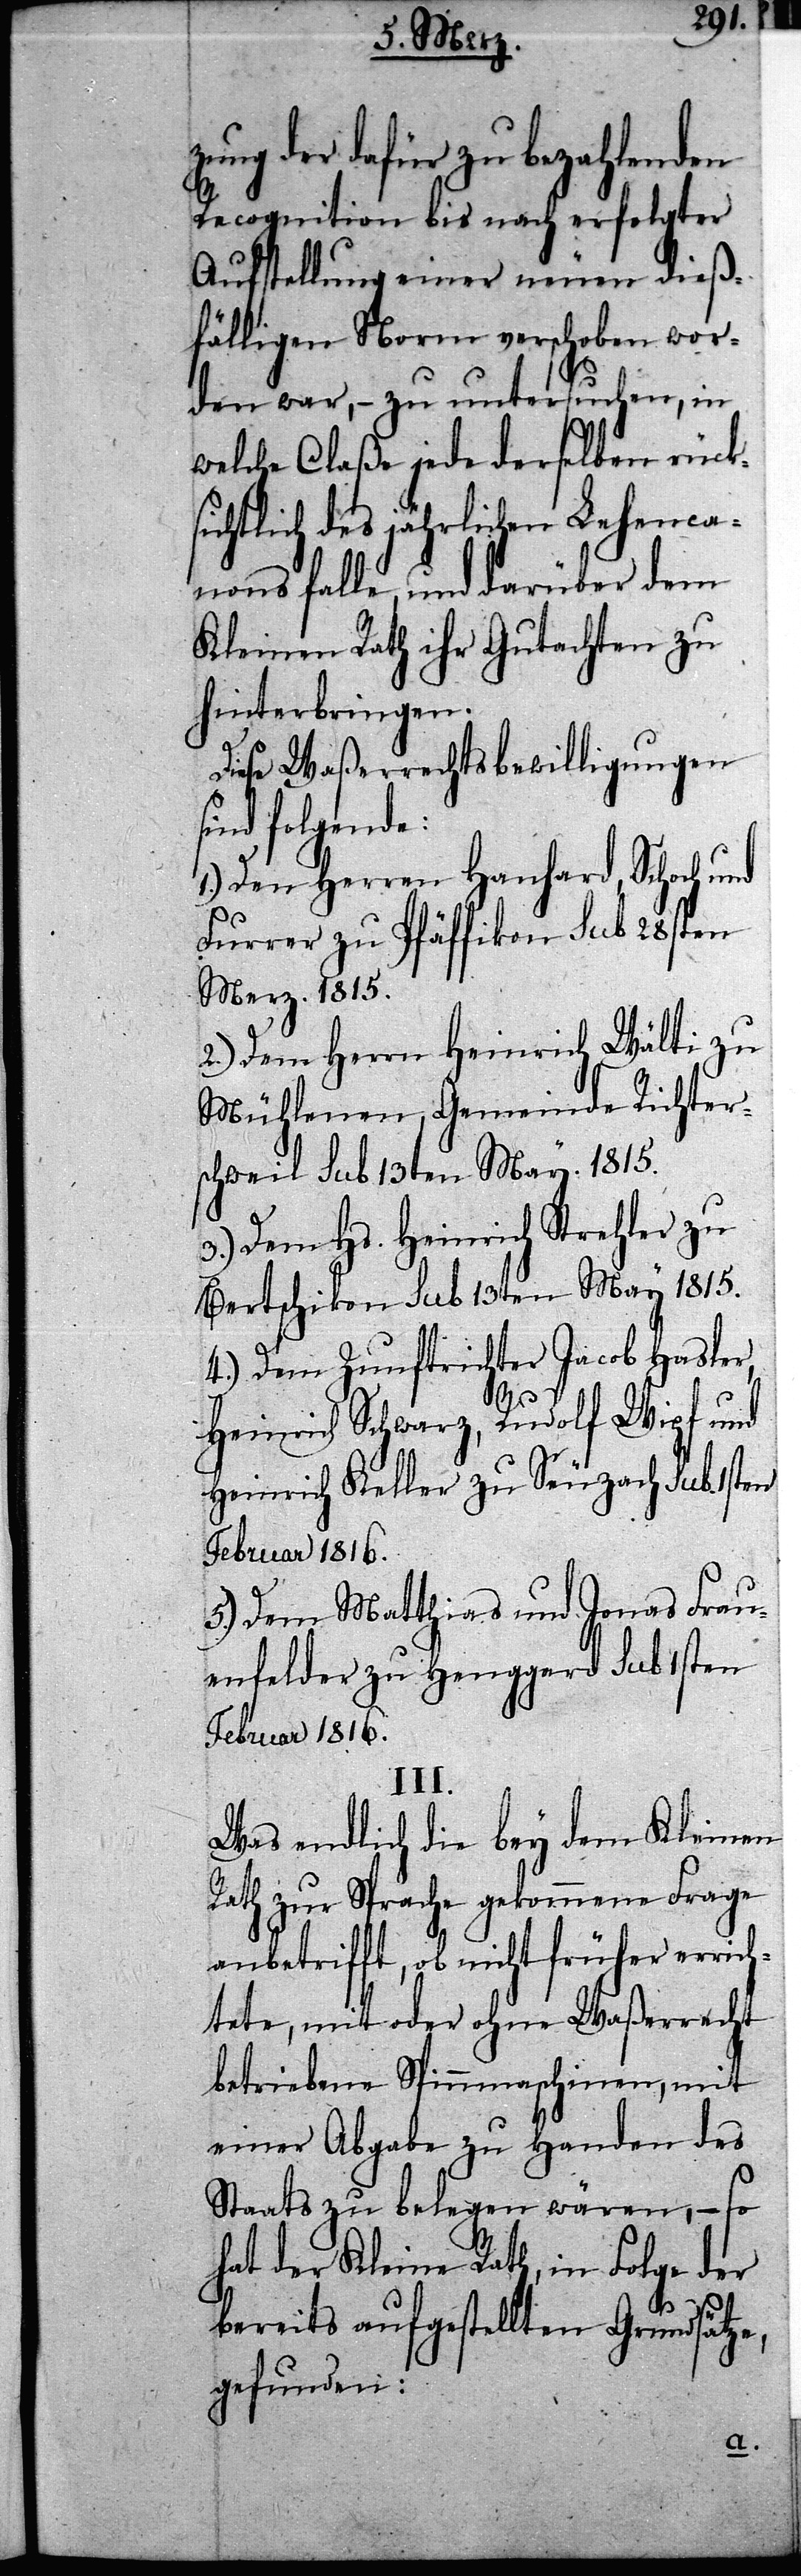
zung der dafür zu bezahlenden
Recognition bis nach erfolgter
Aufstellung einer neuen dieß¬
fälligen Norm verschoben wor¬
den war, – zu untersuchen, in
welche Claße jede derselben rück¬
sichtlich des jährlichen Lehenca¬
nons falle, und darüber dem
Kleinen Rath ihr Gutachten zu
hinterbringen.
Diese Waßerrechtsbewilligungen
sind folgende:
1.) Den Herren Hanhard, Schoch und
Furrer zu Pfäffikon Sub 28sten
Merz. 1815.
2.) Dem Herrn Heinrich Wälti zu
Mühlenen, Gemeinde Richter¬
schweil Sub 13ten May. 1815.
3.) Dem Hs. Heinrich Strehler zu
Bertschikon Sub 13ten May 1815.
4.) Dem Zunftrichter Jacob Hasler,
Heinrich Schwarz, Rudolf Wipf und
Heinrich Keller zu Seuzach Sub 1sten
Februar 1816.
5.) Dem Matthias und Jonas Frau¬
enfelder zu Heggard Sub 1sten
Februar 1816.
III.
Was endlich die bey dem Kleinen
Rath zur Sprache gekommene Frage
anbetrifft, ob nicht früher errich¬
tete, mit oder ohne Waßerrecht
betriebene Spinnmaschinen, mit
einer Abgabe zu Handen des
Staats zu belegen wären, – so
hat der Kleine Rath, in Folge der
bereits aufgestellten Grundsätze,
gefunden: